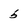
Character: 5